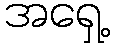
အရှေ့